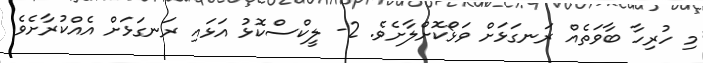
މި ހުރިހާ ބާވަތެއް ރަނގަޅަށް ވަޅޯކޮށްލާށެވެ. 2- ލީކްސްކޮޅު އަޅައި ރަނގަޅަށް އެއްކުރާށެވެ.